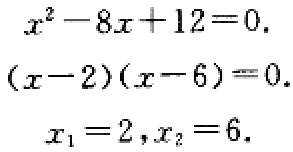
\[

\begin{align*}

x^{2}-8x + 12&=0.\\

(x - 2)(x - 6)&=0.\\

x_{1}=2,x_{2}&=6.

\end{align*}

\]